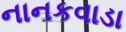
નાનકવાડા